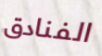
الفنادق